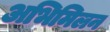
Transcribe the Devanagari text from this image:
अभिमिलन